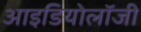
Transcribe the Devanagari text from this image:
आइडियोलॉजी